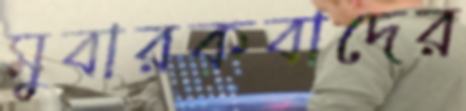
মুবারকবাদের